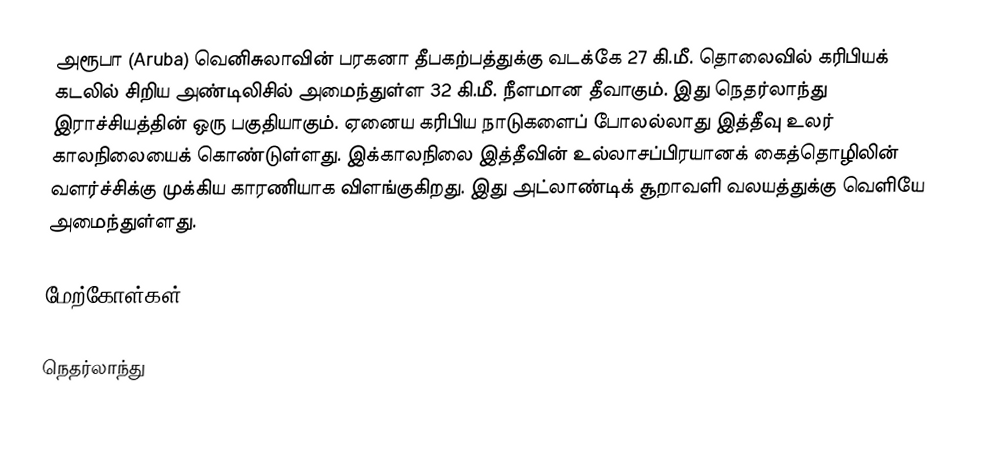
அரூபா (Aruba) வெனிசுலாவின் பரகனா தீபகற்பத்துக்கு வடக்கே 27 கி.மீ. தொலைவில் கரிபியக் கடலில் சிறிய அண்டிலிசில் அமைந்துள்ள 32 கி.மீ. நீளமான தீவாகும். இது நெதர்லாந்து இராச்சியத்தின் ஒரு பகுதியாகும். ஏனைய கரிபிய நாடுகளைப் போலல்லாது இத்தீவு உலர் காலநிலையைக் கொண்டுள்ளது. இக்காலநிலை இத்தீவின் உல்லாசப்பிரயானக் கைத்தொழிலின் வளர்ச்சிக்கு முக்கிய காரணியாக விளங்குகிறது. இது அட்லாண்டிக் சூறாவளி வலயத்துக்கு வெளியே அமைந்துள்ளது.

மேற்கோள்கள்

நெதர்லாந்து